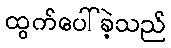
ထွက်ပေါ်ခဲ့သည်